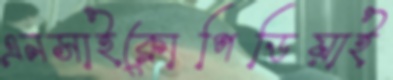
এনসাইক্লোপিডিয়াই